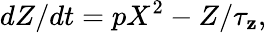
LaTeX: dZ/dt=pX^{2}-Z/\tau_{\mathbf{z}},